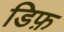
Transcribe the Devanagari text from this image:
डिफ़